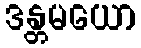
ဒန္တမယော